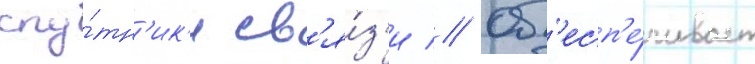
спу́тн'ик'и св'я́з'и // Об'есп'е́чивает